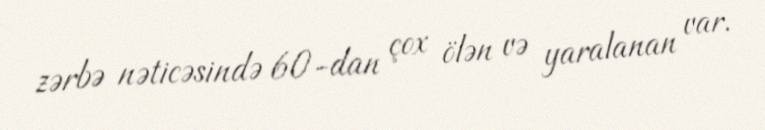
zərbə nəticəsində 60-dan çox ölən və yaralanan var.